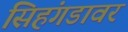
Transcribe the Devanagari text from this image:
सिहंगडावर